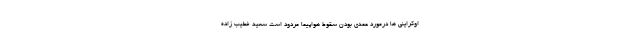
اوکراینی ها درمورد عمدی بودن سقوط هواپیما مردود است سعید خطیب زاده